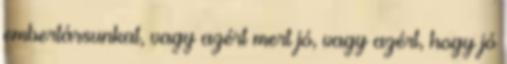
embertársunkat, vagy azért mert jó, vagy azért, hogy jó